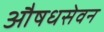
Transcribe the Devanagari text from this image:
औषधसेवन